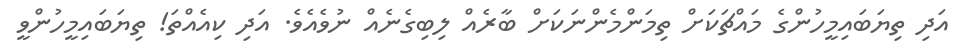
އަދި ތިޔަބައިމީހުންގެ މައްޗަކަށް ތިމަންމެންނަކަށް ބާރެއް ލިބިގެނެއް ނުވެއެވެ. އަދި ކިއެއްތަ! ތިޔަބަައިމީހުންވީ